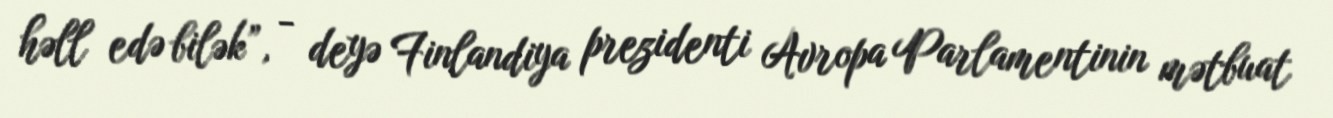
həll edə bilək”, - deyə Finlandiya prezidenti Avropa Parlamentinin mətbuat